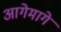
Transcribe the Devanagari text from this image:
आगेमागे